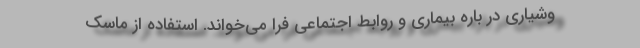
وشیاری در باره بیماری و روابط اجتماعی فرا می‌خواند. استفاده از ماسک